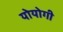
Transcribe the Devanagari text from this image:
योयोगी